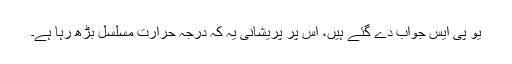
یو پی ایس جواب دے گئے ہیں، اس پر پریشانی یہ کہ درجہ حرارت مسلسل بڑھ رہا ہے۔